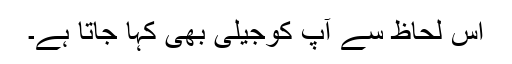
اس لحاظ سے آپ کوجیلی بھی کہا جاتا ہے۔